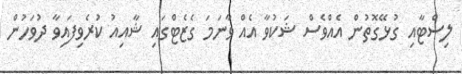
ލިސްޓާއި ގުޅޭގޮތުން އެއްވެސް ޝަކުވާ އެއް ވާނަމަ ގެޒެޓްގައި ޝާއިއު ކުރެވިފައިވާ ދުވަހުން